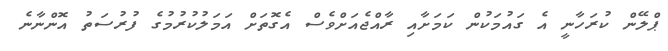
ޕްލޭން ކުރަހާނީ އެ ގައުމަކުން ކަމަށާއި ރާއްޖެއަށްވެސް އެގޮތަށް އަމަލުކުރުމުގެ ފުރުސަތު އޮންނާނެ